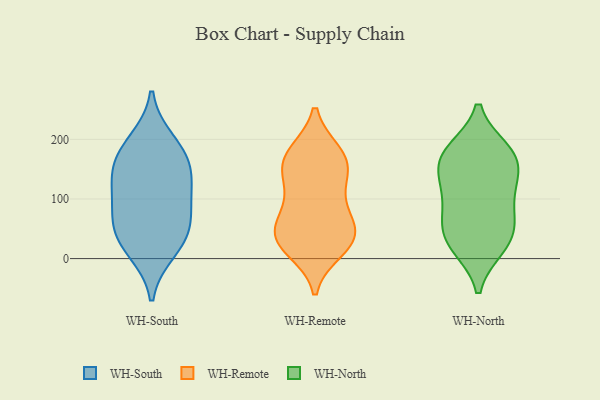
{"axis": {"x": "Production Output", "y": "Value"}, "legend": ["WH-North", "WH-Remote", "WH-South"], "data": [{"x": "", "y": 54, "type": "WH-South"}, {"x": "", "y": 14, "type": "WH-South"}, {"x": "", "y": 31, "type": "WH-South"}, {"x": "", "y": 196, "type": "WH-South"}, {"x": "", "y": 60, "type": "WH-South"}, {"x": "", "y": 138, "type": "WH-South"}, {"x": "", "y": 97, "type": "WH-South"}, {"x": "", "y": 173, "type": "WH-South"}, {"x": "", "y": 161, "type": "WH-South"}, {"x": "", "y": 116, "type": "WH-South"}, {"x": "", "y": 36, "type": "WH-Remote"}, {"x": "", "y": 27, "type": "WH-Remote"}, {"x": "", "y": 128, "type": "WH-Remote"}, {"x": "", "y": 146, "type": "WH-Remote"}, {"x": "", "y": 15, "type": "WH-Remote"}, {"x": "", "y": 31, "type": "WH-Remote"}, {"x": "", "y": 33, "type": "WH-Remote"}, {"x": "", "y": 49, "type": "WH-Remote"}, {"x": "", "y": 69, "type": "WH-Remote"}, {"x": "", "y": 160, "type": "WH-Remote"}, {"x": "", "y": 177, "type": "WH-Remote"}, {"x": "", "y": 167, "type": "WH-Remote"}, {"x": "", "y": 177, "type": "WH-Remote"}, {"x": "", "y": 74, "type": "WH-Remote"}, {"x": "", "y": 107, "type": "WH-Remote"}, {"x": "", "y": 128, "type": "WH-North"}, {"x": "", "y": 174, "type": "WH-North"}, {"x": "", "y": 29, "type": "WH-North"}, {"x": "", "y": 60, "type": "WH-North"}, {"x": "", "y": 19, "type": "WH-North"}, {"x": "", "y": 168, "type": "WH-North"}, {"x": "", "y": 151, "type": "WH-North"}, {"x": "", "y": 62, "type": "WH-North"}, {"x": "", "y": 182, "type": "WH-North"}, {"x": "", "y": 119, "type": "WH-North"}, {"x": "", "y": 109, "type": "WH-North"}, {"x": "", "y": 20, "type": "WH-North"}, {"x": "", "y": 67, "type": "WH-North"}, {"x": "", "y": 181, "type": "WH-North"}]}